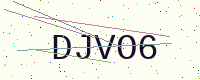
Text: DJVO6